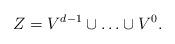
LaTeX: \begin{align*}Z= V^{d-1} \cup \ldots \cup V^{0}.\end{align*}